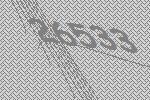
26533